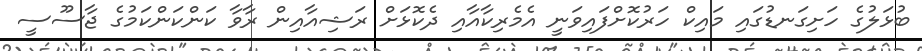
ބުޅަލުގެ ހަށިގަނޑުގައި މައިކް ހަރުކޮށްފައިވަނީ އެމެރިކާއާއި ދެކޮޅަށް ރަޝިއާއިން ރާވާ ކަންކަންކަމުގެ ޖާސޫސީ